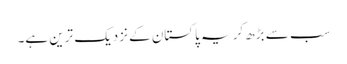
سب سے بڑھ کر یہ پاکستان کے نزدیک ترین ہے۔